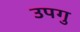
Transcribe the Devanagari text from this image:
उपगु